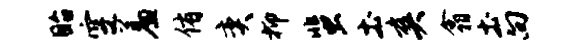
眙空羞侑奕抑蜚土爽翕土向